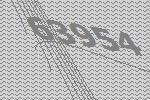
63954